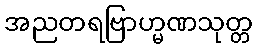
အညတရဗြာဟ္မဏသုတ္တ